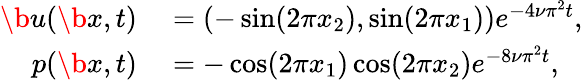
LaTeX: \begin{array}{rl}{\b u(\b x,t)}&{{}=(-\sin(2\pi x_{2}),\sin(2\pi x_{1}))e^{-4\nu\pi^{2}t},}\\ {p(\b x,t)}&{{}=-\cos(2\pi x_{1})\cos(2\pi x_{2})e^{-8\nu\pi^{2}t},}\end{array}